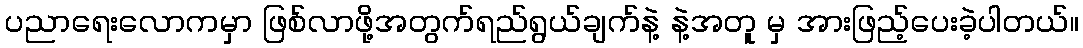
ပညာရေးလောကမှာ ဖြစ်လာဖို့အတွက်ရည်ရွယ်ချက်နဲ့ နဲ့အတူ မှ အားဖြည့်ပေးခဲ့ပါတယ်။